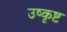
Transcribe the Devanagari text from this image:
उष्कृष्ट